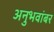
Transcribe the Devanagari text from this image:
अनुभवांबर